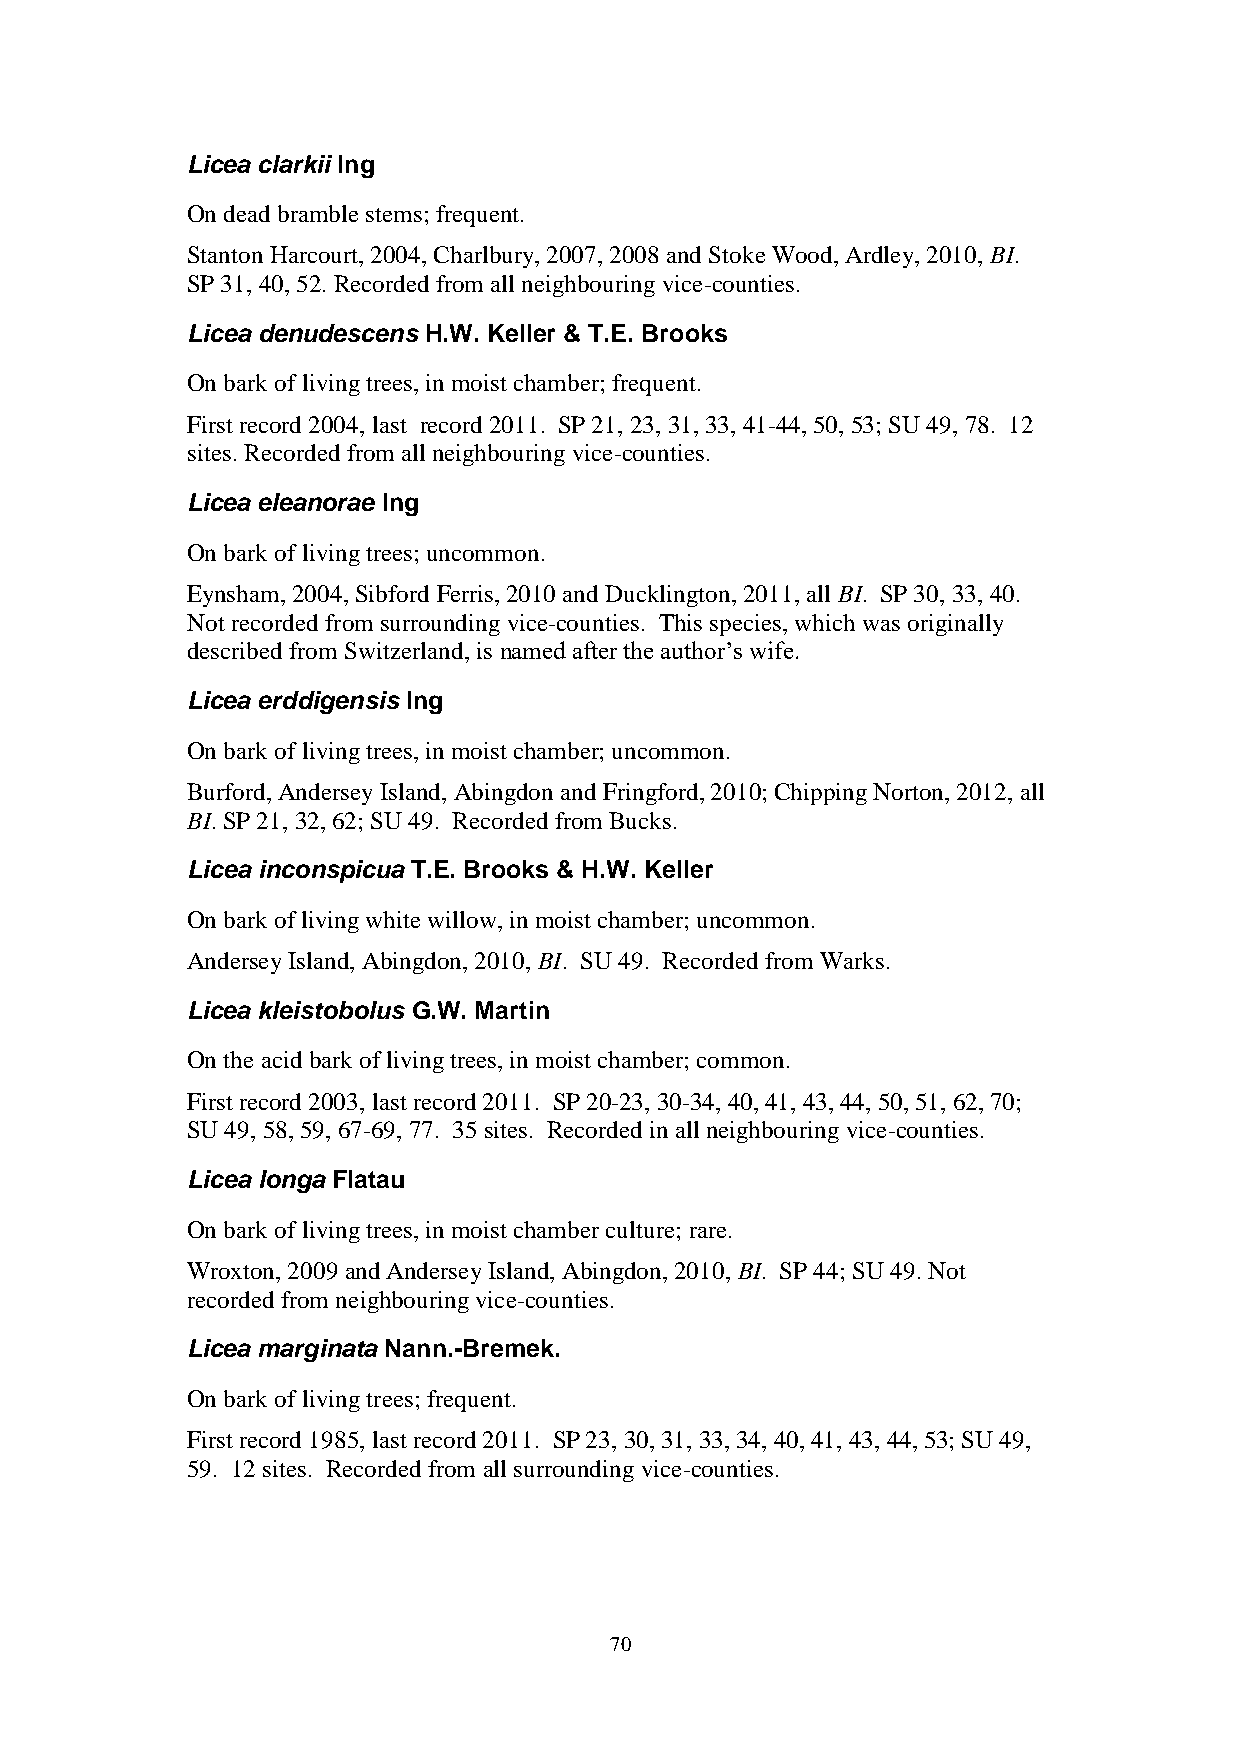
Licea clarkii Ing
 On dead bramble stems; frequent.
 Stanton Harcourt, 2004, Charlbury, 2007, 2008 and Stoke Wood, Ardley, 2010, BI.
 SP 31, 40, 52. Recorded from all neighbouring vice-counties.
 Licea denudescens H.W. Keller & T.E. Brooks
 On bark of living trees, in moist chamber; frequent.
 First record 2004, last record 2011. SP 21, 23, 31, 33, 41-44, 50, 53; SU 49, 78. 12
 sites. Recorded from all neighbouring vice-counties.
 Licea eleanorae Ing
 On bark of living trees; uncommon.
 Eynsham, 2004, Sibford Ferris, 2010 and Ducklington, 2011, all BI. SP 30, 33, 40.
 Not recorded from surrounding vice-counties. This species, which was originally
 described from Switzerland, is named after the author’s wife.
 Licea erddigensis Ing
 On bark of living trees, in moist chamber; uncommon.
 Burford, Andersey Island, Abingdon and Fringford, 2010; Chipping Norton, 2012, all
 BI. SP 21, 32, 62; SU 49. Recorded from Bucks.
 Licea inconspicua T.E. Brooks & H.W. Keller
 On bark of living white willow, in moist chamber; uncommon.
 Andersey Island, Abingdon, 2010, BI. SU 49. Recorded from Warks.
 Licea kleistobolus G.W. Martin
 On the acid bark of living trees, in moist chamber; common.
 First record 2003, last record 2011. SP 20-23, 30-34, 40, 41, 43, 44, 50, 51, 62, 70;
 SU 49, 58, 59, 67-69, 77. 35 sites. Recorded in all neighbouring vice-counties.
 Licea longa Flatau
 On bark of living trees, in moist chamber culture; rare.
 Wroxton, 2009 and Andersey Island, Abingdon, 2010, BI. SP 44; SU 49. Not
 recorded from neighbouring vice-counties.
 Licea marginata Nann.-Bremek.
 On bark of living trees; frequent.
 First record 1985, last record 2011. SP 23, 30, 31, 33, 34, 40, 41, 43, 44, 53; SU 49,
 59. 12 sites. Recorded from all surrounding vice-counties.
 70